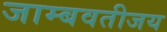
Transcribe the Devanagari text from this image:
जाम्बवतीजय